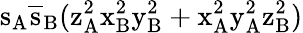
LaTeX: \mathrm{s_{A}\mathrm{\overline{{s}}_{B}(\mathrm{z_{A}^{2}\mathrm{x_{B}^{2}\mathrm{y_{B}^{2}+\mathrm{x_{A}^{2}\mathrm{y_{A}^{2}\mathrm{z_{B}^{2})}}}}}}}}